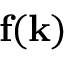
\mathbf { f } ( \mathbf { k } )